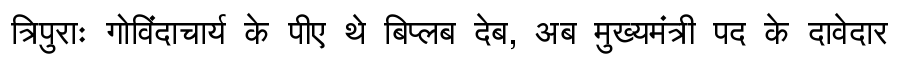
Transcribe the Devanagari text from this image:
त्रिपुराः गोविंदाचार्य के पीए थे बिप्लब देब, अब मुख्यमंत्री पद के दावेदार